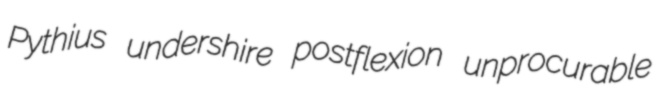
Pythius undershire postflexion unprocurable